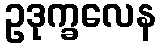
ဥဒုက္ခလေန